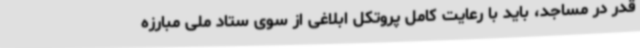
قدر در مساجد، باید با رعایت کامل پروتکل ابلاغی از سوی ستاد ملی مبارزه